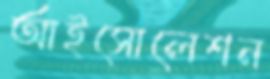
আইসোলেশন